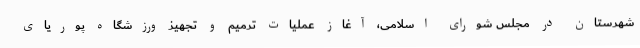
شهرستان در مجلس شورای اسلامی، آغاز عملیات ترمیم و تجهیز ورزشگاه پوریای